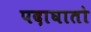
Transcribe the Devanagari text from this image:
पदाघातो